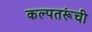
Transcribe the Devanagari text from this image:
कल्पतरूंची